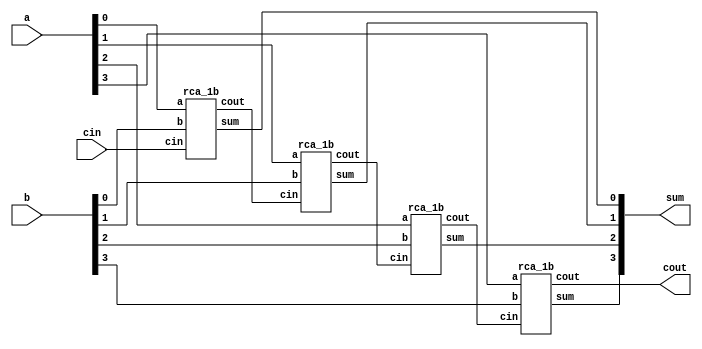
module rca_4b1(
                   a,
                   b,
                   cin,
                   cout,
                   sum
                   );
  input [3:0]a, b;
  input cin;
  output [3:0]sum;
  output cout;
  wire [2:0]c;
  
  rca_1b r1(a[0], b[0], cin , c[0], sum[0]);
  rca_1b	r2(a[1], b[1], c[0], c[1], sum[1]);
  rca_1b	r3(a[2], b[2], c[1], c[2], sum[2]);
  rca_1b	r4(a[3], b[3], c[2], cout, sum[3]);
  
  
endmodule



module rca_1b(
                   a,
                   b,
                   cin,
                   cout,
                   sum
                   );

input a, b;
input cin;
output sum;
output cout;

assign sum = a ^ b ^ cin;
assign cout = a&b | b&cin | cin&a;
endmodule